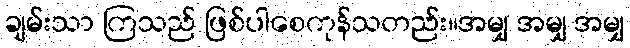
ချမ်းသာ ကြသည် ဖြစ်ပါစေကုန်သတည်း။အမျှ အမျှ အမျှ